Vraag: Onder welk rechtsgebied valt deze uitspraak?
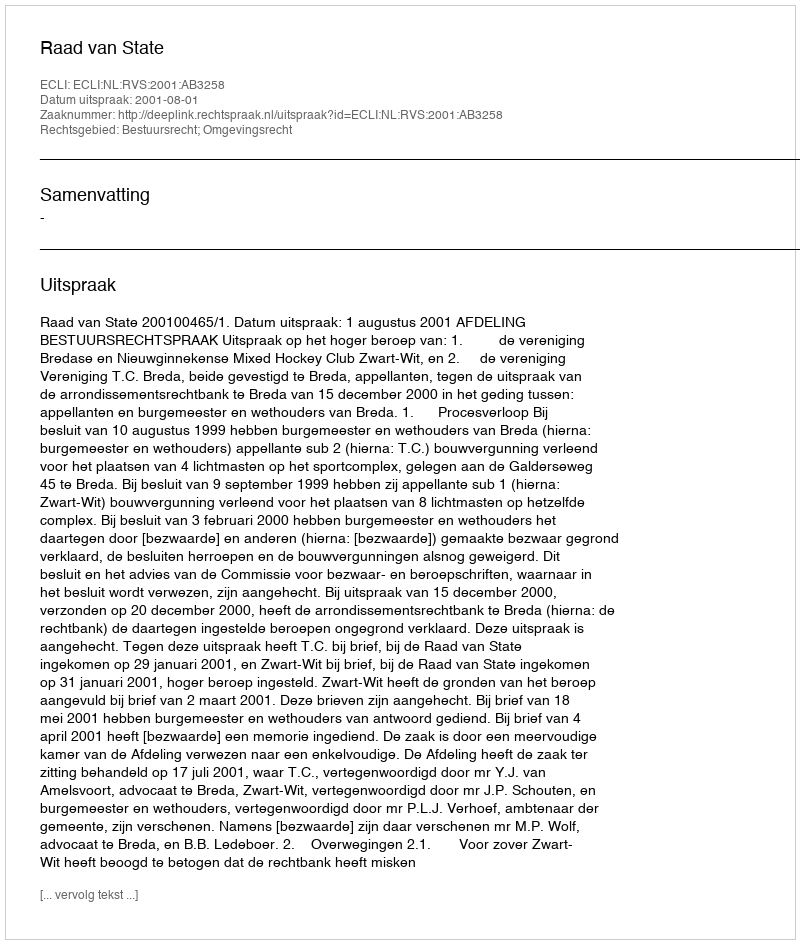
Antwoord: Bestuursrecht; Omgevingsrecht